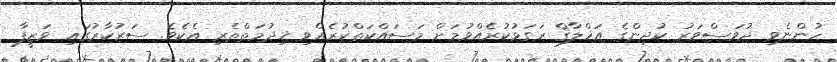
ހުންނެވި ދުވަސްވަރު ކުދިންގެ އަޚްލާޤް ރަގަޅުކުރެއްވުމަށް މަސައްކަތްކުރެއްވި ޚިދުމަތްތެރި އެކެވެ. ސަރުކާރުގައި ވަޒީފާ